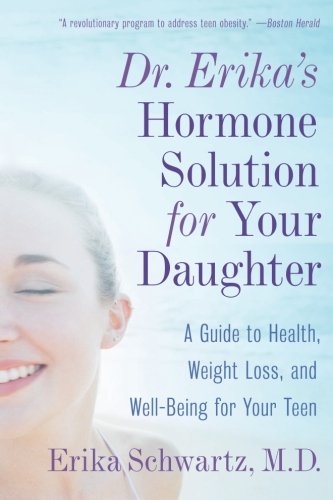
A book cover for Dr. Erika's Hormone Solution for Your Daughter: A Guide to Health, Weight Loss, and Well-Being for Your Teen; Erika Schwartz; Health, Fitness & Dieting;